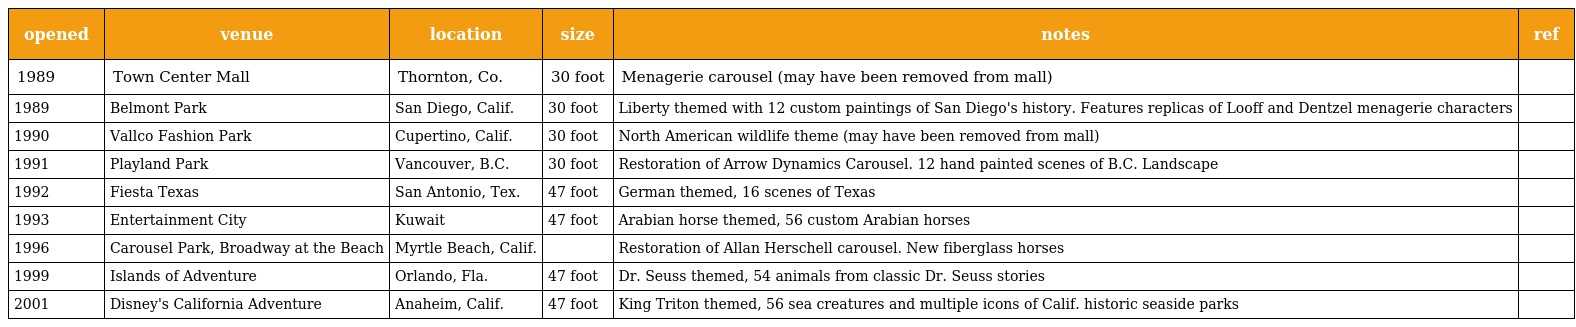
| opened | venue | location | size | notes | ref |
 | --- | --- | --- | --- | --- | --- |
 | 1989 | Town Center Mall | Thornton, Co. | 30 foot | Menagerie carousel (may have been removed from mall) |  |
 | 1989 | Belmont Park | San Diego, Calif. | 30 foot | Liberty themed with 12 custom paintings of San Diego's history. Features replicas of Looff and Dentzel menagerie characters |  |
 | 1990 | Vallco Fashion Park | Cupertino, Calif. | 30 foot | North American wildlife theme (may have been removed from mall) |  |
 | 1991 | Playland Park | Vancouver, B.C. | 30 foot | Restoration of Arrow Dynamics Carousel. 12 hand painted scenes of B.C. Landscape |  |
 | 1992 | Fiesta Texas | San Antonio, Tex. | 47 foot | German themed, 16 scenes of Texas |  |
 | 1993 | Entertainment City | Kuwait | 47 foot | Arabian horse themed, 56 custom Arabian horses |  |
 | 1996 | Carousel Park, Broadway at the Beach | Myrtle Beach, Calif. |  | Restoration of Allan Herschell carousel. New fiberglass horses |  |
 | 1999 | Islands of Adventure | Orlando, Fla. | 47 foot | Dr. Seuss themed, 54 animals from classic Dr. Seuss stories |  |
 | 2001 | Disney's California Adventure | Anaheim, Calif. | 47 foot | King Triton themed, 56 sea creatures and multiple icons of Calif. historic seaside parks |  |